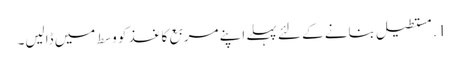
1. مستطیل بنانے کے لئے پہلے اپنے مربع کاغذ کو وسط میں ڈالیں۔